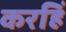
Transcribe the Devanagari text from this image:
करहिं